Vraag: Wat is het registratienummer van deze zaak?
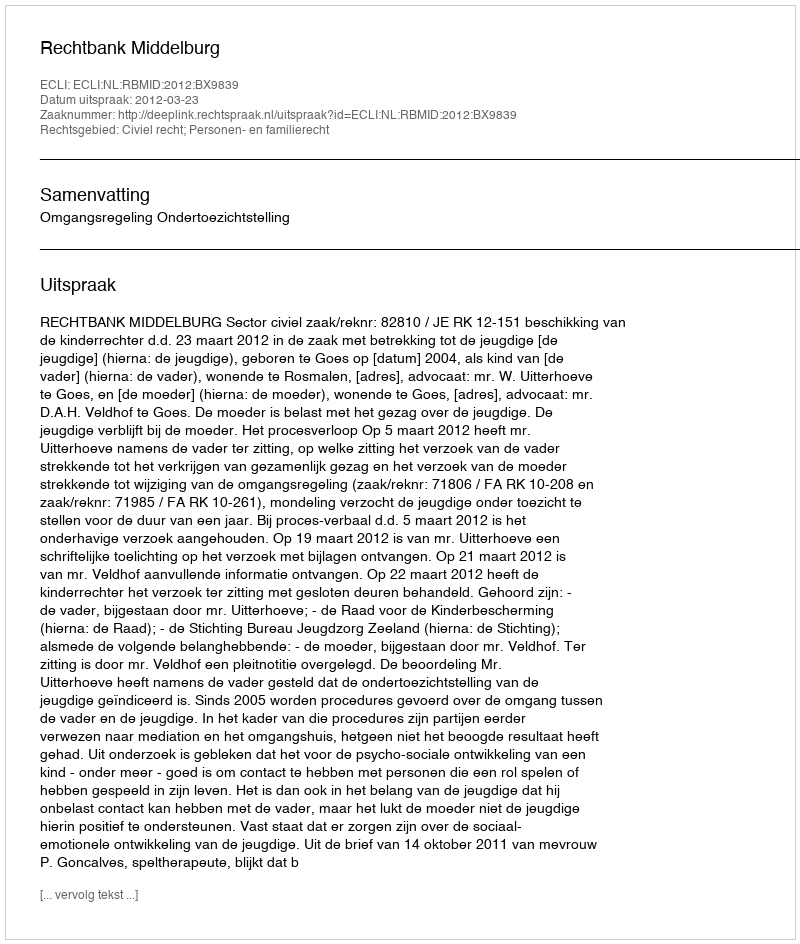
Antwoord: http://deeplink.rechtspraak.nl/uitspraak?id=ECLI:NL:RBMID:2012:BX9839